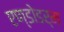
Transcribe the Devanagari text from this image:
एण्डोडर्म